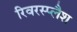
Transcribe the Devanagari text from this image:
रिवरस्प्लैश